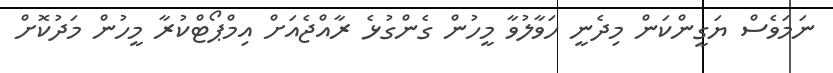
ނަމަވެސް ޔަގީންކަން މިދެނީ ހަވާލުވާ މީހުން ގެންގުޅެ ރާއްޖެއަށް އިމްޕޯޓްކުރާ މީހުން މަދުކޮށް